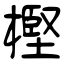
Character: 樫